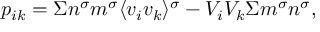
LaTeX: p _ { i k } = \Sigma n ^ { \sigma } m ^ { \sigma } \langle v _ { i } v _ { k } \rangle ^ { \sigma } - V _ { i } V _ { k } \Sigma m ^ { \sigma } n ^ { \sigma } ,